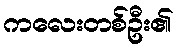
ကလေးတစ်ဦး၏